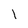
Character: 1